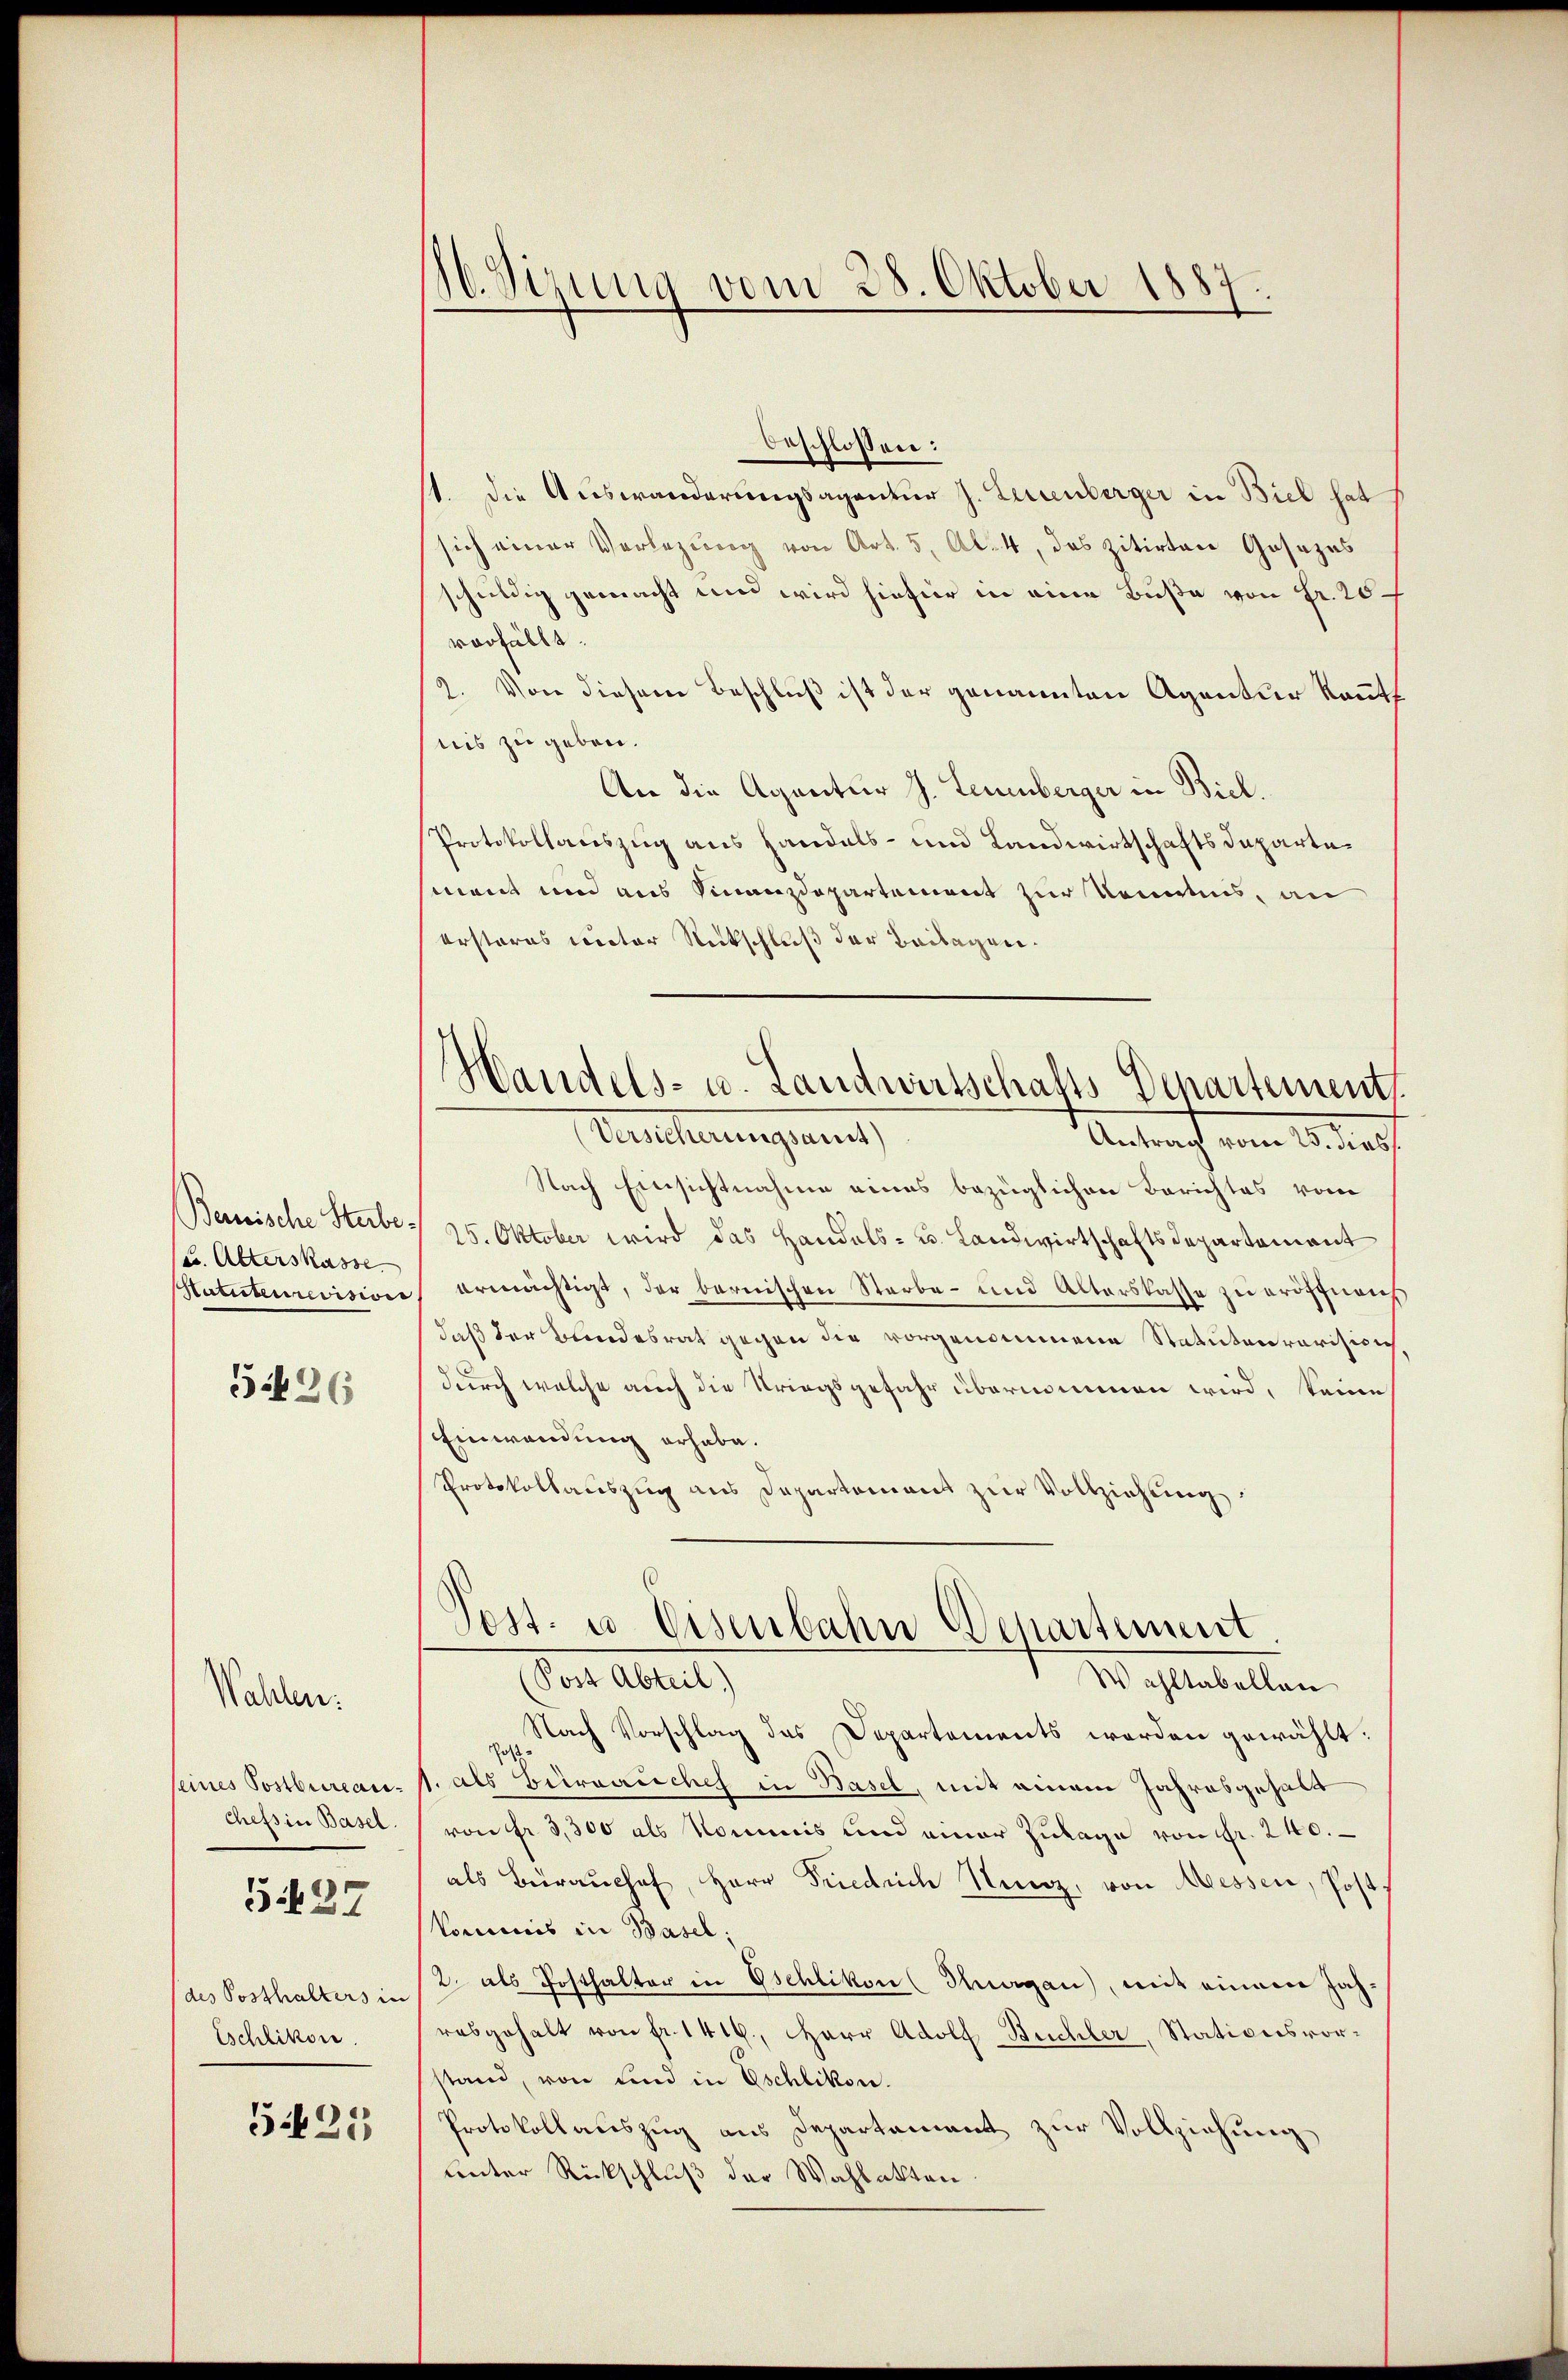
Bemische Sterbe¬
(L. Alterskasse
Hatuteurevisione

5496

seines Postbureauchefs in Basel.
G37
des Posthalters in
Eschlikon.

Wahlen.

525

10. Sizung vom 28. Oktober 1887.

beschlossen:
1. die Auswanderungsagentur J. Leuenberger in Biel hat
sich einer Verlegung von Art. 5, Al. 4, das zitirten Gesezes
huldig gemacht und wird hiefür in eine Buße von fr. 20
vorfällt.
2. Von diesem Beschluß ist der genannten Agentur kannt
nis zu geben.
An die Agentur J. Leuenberger in Biel.
Protokollauszug aus Handels- und Landwirtschaftsdepartement und aus Finanzdepartement zur Kenntnis, an
ersteres victor Rickschluß der Beilagen.
Tescherungen
Antrag vom 25. dies
Nach Einsichtnahme eines bezüglichen Berichtes vom
25. Oktober wird das Handels- u. Landwirtschaftsdepartement
ermächtigt, der bernischen Sterbe- und Alterskasse zu eröffnens
daß der Bundesrat gegen die vorgenommene Statutenrerision
durch welche auch die Kriegsgefahr übernommen wird, keine
Einwendung erhabe.
Protokollauszug aus Departement zur Vollziehung.
G
Post. u. Eisenbahn Departement
Post Abteil)
Wahltabellan
Nach Vorschlag des Departements worden gewählt:
1. als Birrauches in Basel, mit einem Jahresgehalt
von fr. 3,300 als Kommis und einer Zulage von Fr. 240.
als Beraushof, Herr Friedrich Ninz, von Messen, Post
Vommis in Basel;
2 als Posthalter in Gschlikon (Thurgau), mit einem Jahrabgehalt von fr. 1416., Herr Adolf Büchler, Stationsvorstand, von sind in Eschlikon.
Protokollauszug aus Departement zur Vollziehung
unter Rückschluß der Wahlakten.

Handels- u. Landwirtschafts-Departement